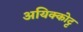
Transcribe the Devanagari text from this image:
अयिक्कोट्ट